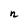
Character: n